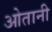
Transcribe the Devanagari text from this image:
ओतानी